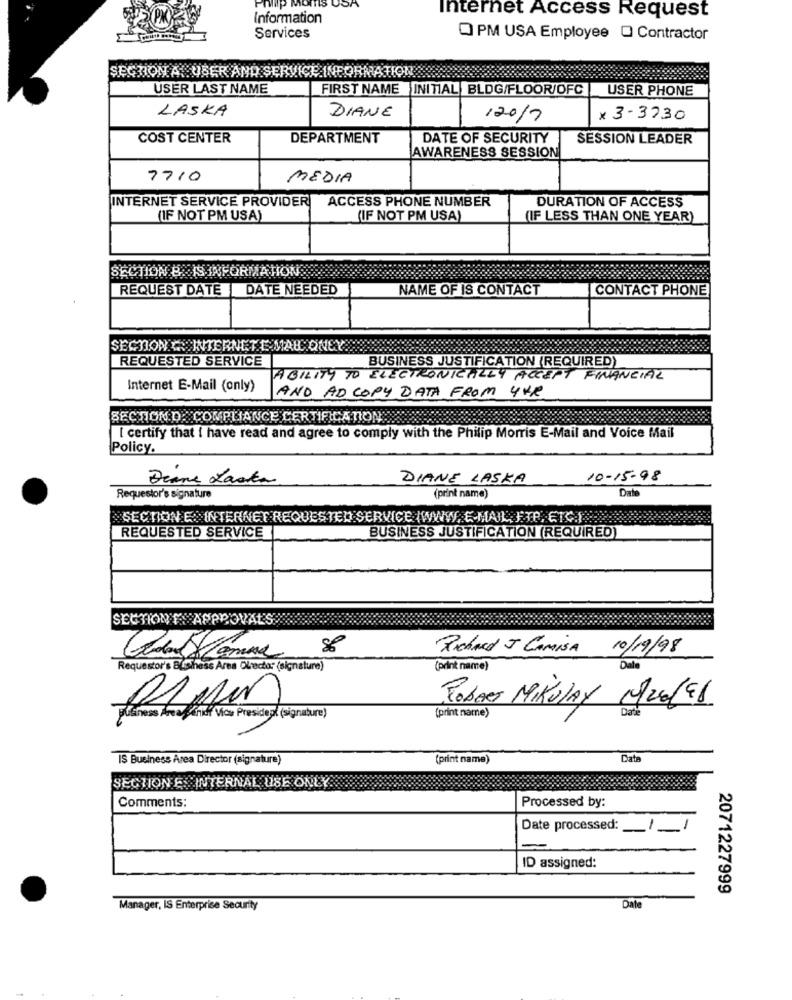
Information
Internet Access Request
Services
O PM USA Employee Q Contractor
SEGRON A. USER AND SERVICE INFORMATION
USER LAST NAME
FIRST NAME INITIAL BLDG/FLOOR/OFC
USER PHONE
LASKA
DIANE
120/7
x 3-3730
COST CENTER
DEPARTMENT
DATE OF SECURITY
SESSION LEADER
AWARENESS SESSION
7710
MEDIA
INTERNET SERVICE PROVIDER
ACCESS PHONE NUMBER
DURATION OF ACCESS
(IF NOT PM USA)
(IF NOT PM USA)
(IF LESS THAN ONE YEAR)
SECTION &. IS INFORMATION
REQUEST DATE DATE NEEDED
NAME OF IS CONTACT
CONTACT PHONE
SECTION & INTERNET E MAL ONEY
REQUESTED SERVICE
BUSINESS JUSTIFICATION (REQUIRED)
ABILITY TO ELECTRONICALLY ACCEPT FINANCIAL
Internet E-Mail (only)
AND AD COPY DATA FROM 4VR
SECTION D. COMPLIANCE CERTIFICATION
[ certify that i have read and agree to comply with the Philip Morris E-Mail and Voice Mail
Policy.
Deane Laska
DIANE LASKA
10-15-98
Date
Requestor's signature
(print name)
SECTION E.INTERNET REQUESTED SERVICE (WWW. E-MAIL, FTP, ETC.
REQUESTED SERVICE
BUSINESS JUSTIFICATION (REQUIRED)
SECTION'T APPROVAL'S
Richard J Camisa
10/19/98
Requestor's BLsihess Area Olrector (signature)
(print name)
Dale
Robert MikulAy M/20191
pusiness Area Chief Vice President (signature)
(print name)
IS Business Area Director (signature)
(print name)
Data
SECTION E.INTERNAL USE ONLY.
Processed by:
Comments:
Date processed:
ID assigned:
2071227999
Manager, IS Enterprise Security
Date